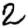
Digit: 2